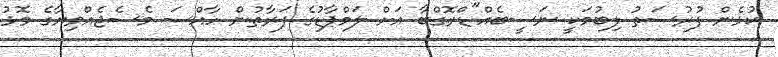
ކުޅެން ފުރުސަތު ލިބުމަކީ ނަސީބެއް"ޑްރޮގްބާ އަށް ލަމްޕާޑުގެ ފަރާތުން ހާއްސަ މެސެޖެއްވިޔާގެ މޮޅު